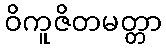
ဝိကူဇိတမတ္တာ